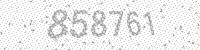
Solution: 858761